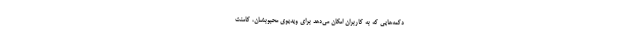
دکمه‌هایی که به کاربران امکان می‌دهد برای ویدیوی محبوبشان، کامنت